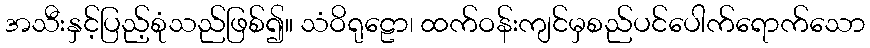
အသီးနှင့်ပြည့်စုံသည်ဖြစ်၍။ သံဝိရုဠော၊ ထက်ဝန်းကျင်မှစည်ပင်ပေါက်ရောက်သော